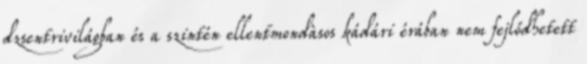
dzsentrivilágban és a szintén ellentmondàsos kádári érában nem fejlődhetett